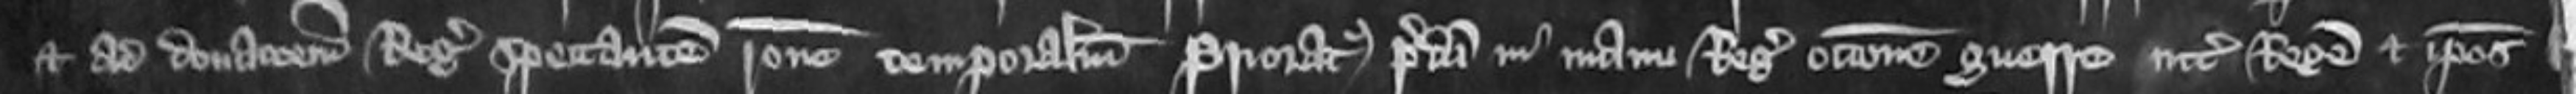
et ad donacionem Regis spectantem ratione temporalium Prioratatus predicti in manu Regis occasione guerre inter Rege et ipsos